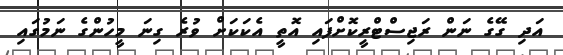
އަދި ގޭގެ ނަން ރަޖިސްޓްރީކޮށްފައި އޮތީ އެކަކަށް ވުރެ ގިނަ މީހުންގެ ނަމުގައި